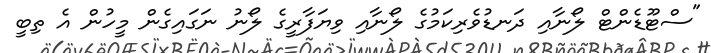
"ސްޓޫޑެންޓް ލޯނާއި ދަނޑުވެރިކަމުގެ ލޯނާއި ވިޔަފާރީގެ ލޯނު ނަގައިގެން މީހުން އެ ތިބީ